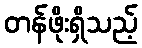
တန်ဖိုးရှိသည့်